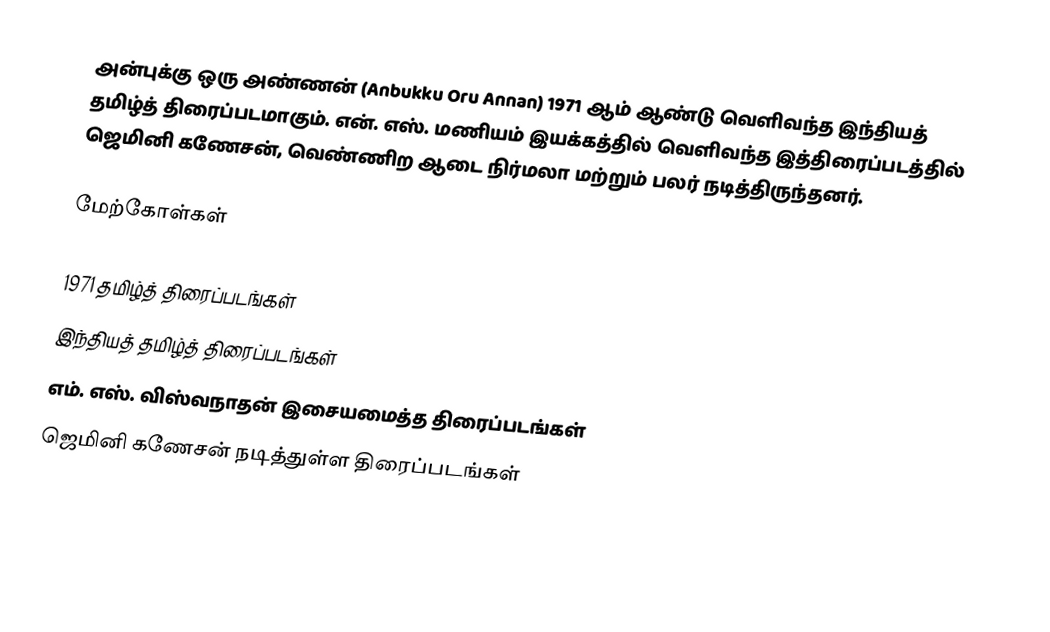
அன்புக்கு ஒரு அண்ணன் (Anbukku Oru Annan) 1971 ஆம் ஆண்டு வெளிவந்த இந்தியத் தமிழ்த் திரைப்படமாகும். என். எஸ். மணியம் இயக்கத்தில் வெளிவந்த இத்திரைப்படத்தில் ஜெமினி கணேசன், வெண்ணிற ஆடை நிர்மலா மற்றும் பலர் நடித்திருந்தனர்.

மேற்கோள்கள்

1971 தமிழ்த் திரைப்படங்கள்
இந்தியத் தமிழ்த் திரைப்படங்கள்
எம். எஸ். விஸ்வநாதன் இசையமைத்த திரைப்படங்கள்
ஜெமினி கணேசன் நடித்துள்ள திரைப்படங்கள்